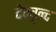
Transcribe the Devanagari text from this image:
देववृन्द